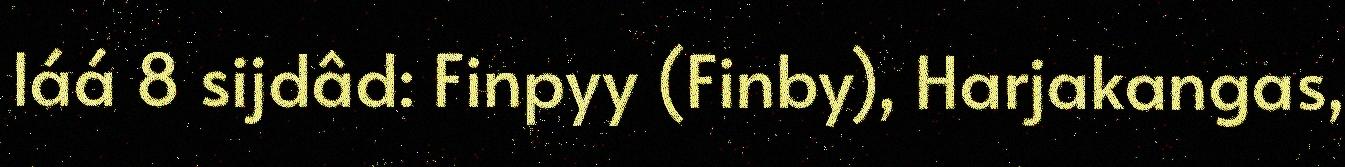
láá 8 sijdâd: Finpyy (Finby), Harjakangas,